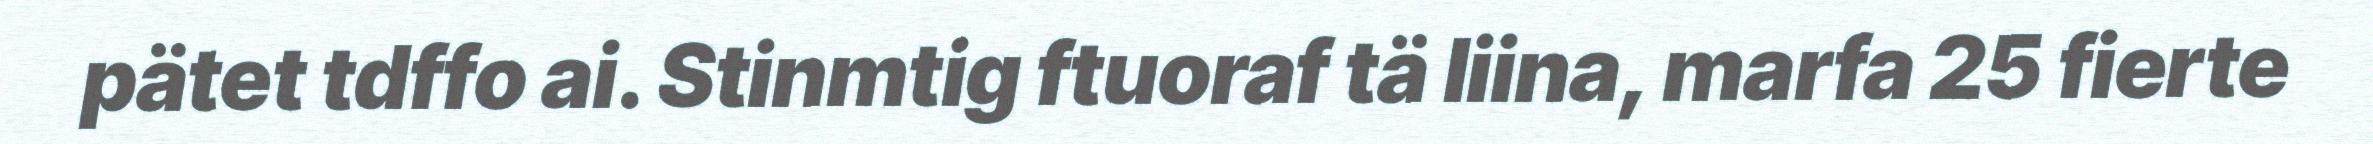
pätet tdffo ai. Stinmtig ftuoraf tä liina, marfa 25 fierte